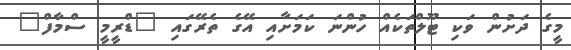
މީގެ ދަށުން ވަކި ޓޫލްތަކެއް ހުންނަ ކަމަށާއި އޭގެ ތެރޭގައި "ޑްރީމީ ސްމާފް"